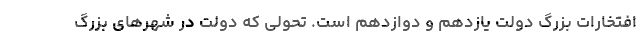
افتخارات بزرگ دولت یازدهم و دوازدهم است. تحولی که دولت در شهرهای بزرگ